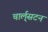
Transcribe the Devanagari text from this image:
चार्ल्‌सटन